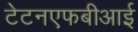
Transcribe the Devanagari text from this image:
टेटनएफबीआई